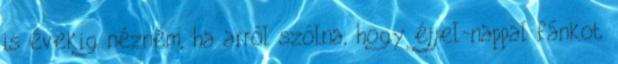
is évekig nézném, ha arról szólna, hogy éjjel-nappal fánkot